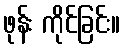
ဖုန်း ကိုင်ခြင်း။